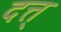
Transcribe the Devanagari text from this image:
दत्त्